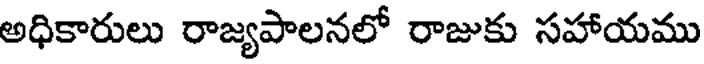
అధికారులు రాజ్యపాలనలో రాజుకు సహాయము